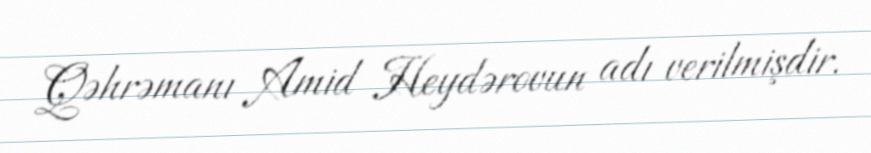
Qəhrəmanı Amid Heydərovun adı verilmişdir.